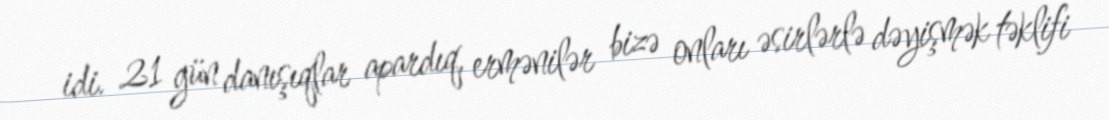
idi. 21 gün danışıqlar apardıq, ermənilər bizə onları əsirlərlə dəyişmək təklifi